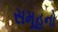
સમૂહનો